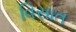
વિસાત